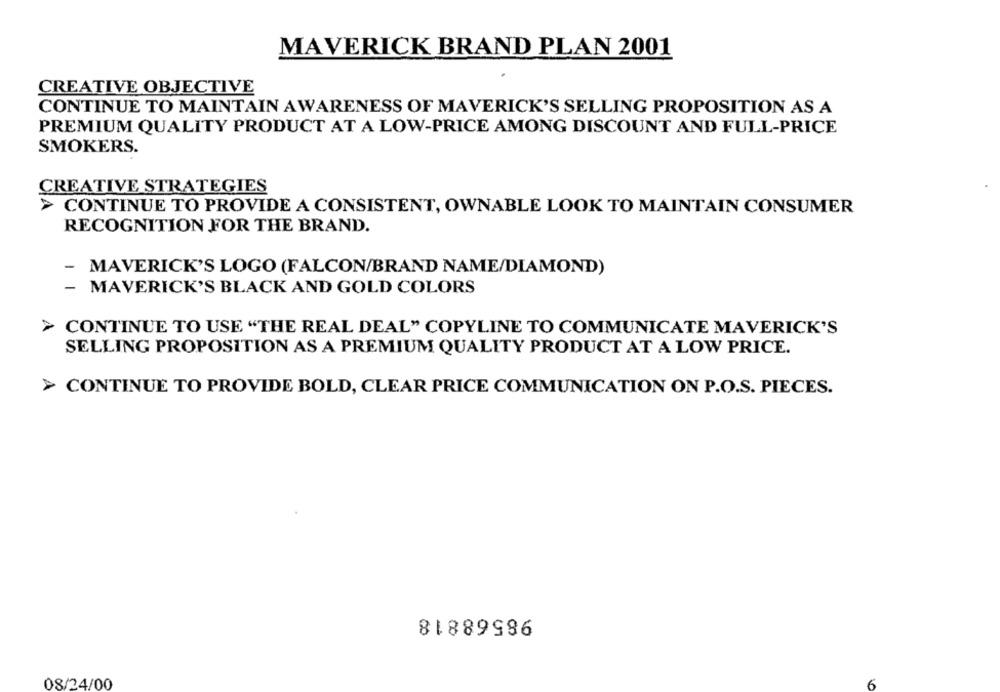
MAVERICK BRAND PLAN 2001
CREATIVE OBJECTIVE
CONTINUE TO MAINTAIN AWARENESS OF MAVERICK'S SELLING PROPOSITION AS A
PREMIUM QUALITY PRODUCT AT A LOW-PRICE AMONG DISCOUNT AND FULL-PRICE
SMOKERS.
CREATIVE STRATEGIES
> CONTINUE TO PROVIDE A CONSISTENT, OWNABLE LOOK TO MAINTAIN CONSUMER
RECOGNITION FOR THE BRAND.
MAVERICK'S LOGO (FALCON/BRAND NAME/DIAMOND)
- MAVERICK'S BLACK AND GOLD COLORS
> CONTINUE TO USE "THE REAL DEAL" COPYLINE TO COMMUNICATE MAVERICK'S
SELLING PROPOSITION AS A PREMIUM QUALITY PRODUCT AT A LOW PRICE.
> CONTINUE TO PROVIDE BOLD, CLEAR PRICE COMMUNICATION ON P.O.S. PIECES.
98568818
08/24/00
6